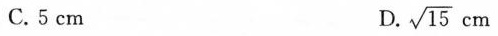
C. 5 cm D. \sqrt{15} cm